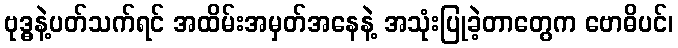
ဗုဒ္ဓနဲ့ပတ်သက်ရင် အထိမ်းအမှတ်အနေနဲ့ အသုံးပြုခဲ့တာတွေက ဗောဓိပင်၊